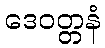
ဒေဝတ္တနံ